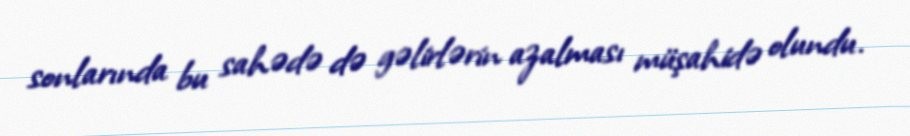
sonlarında bu sahədə də gəlirlərin azalması müşahidə olundu.